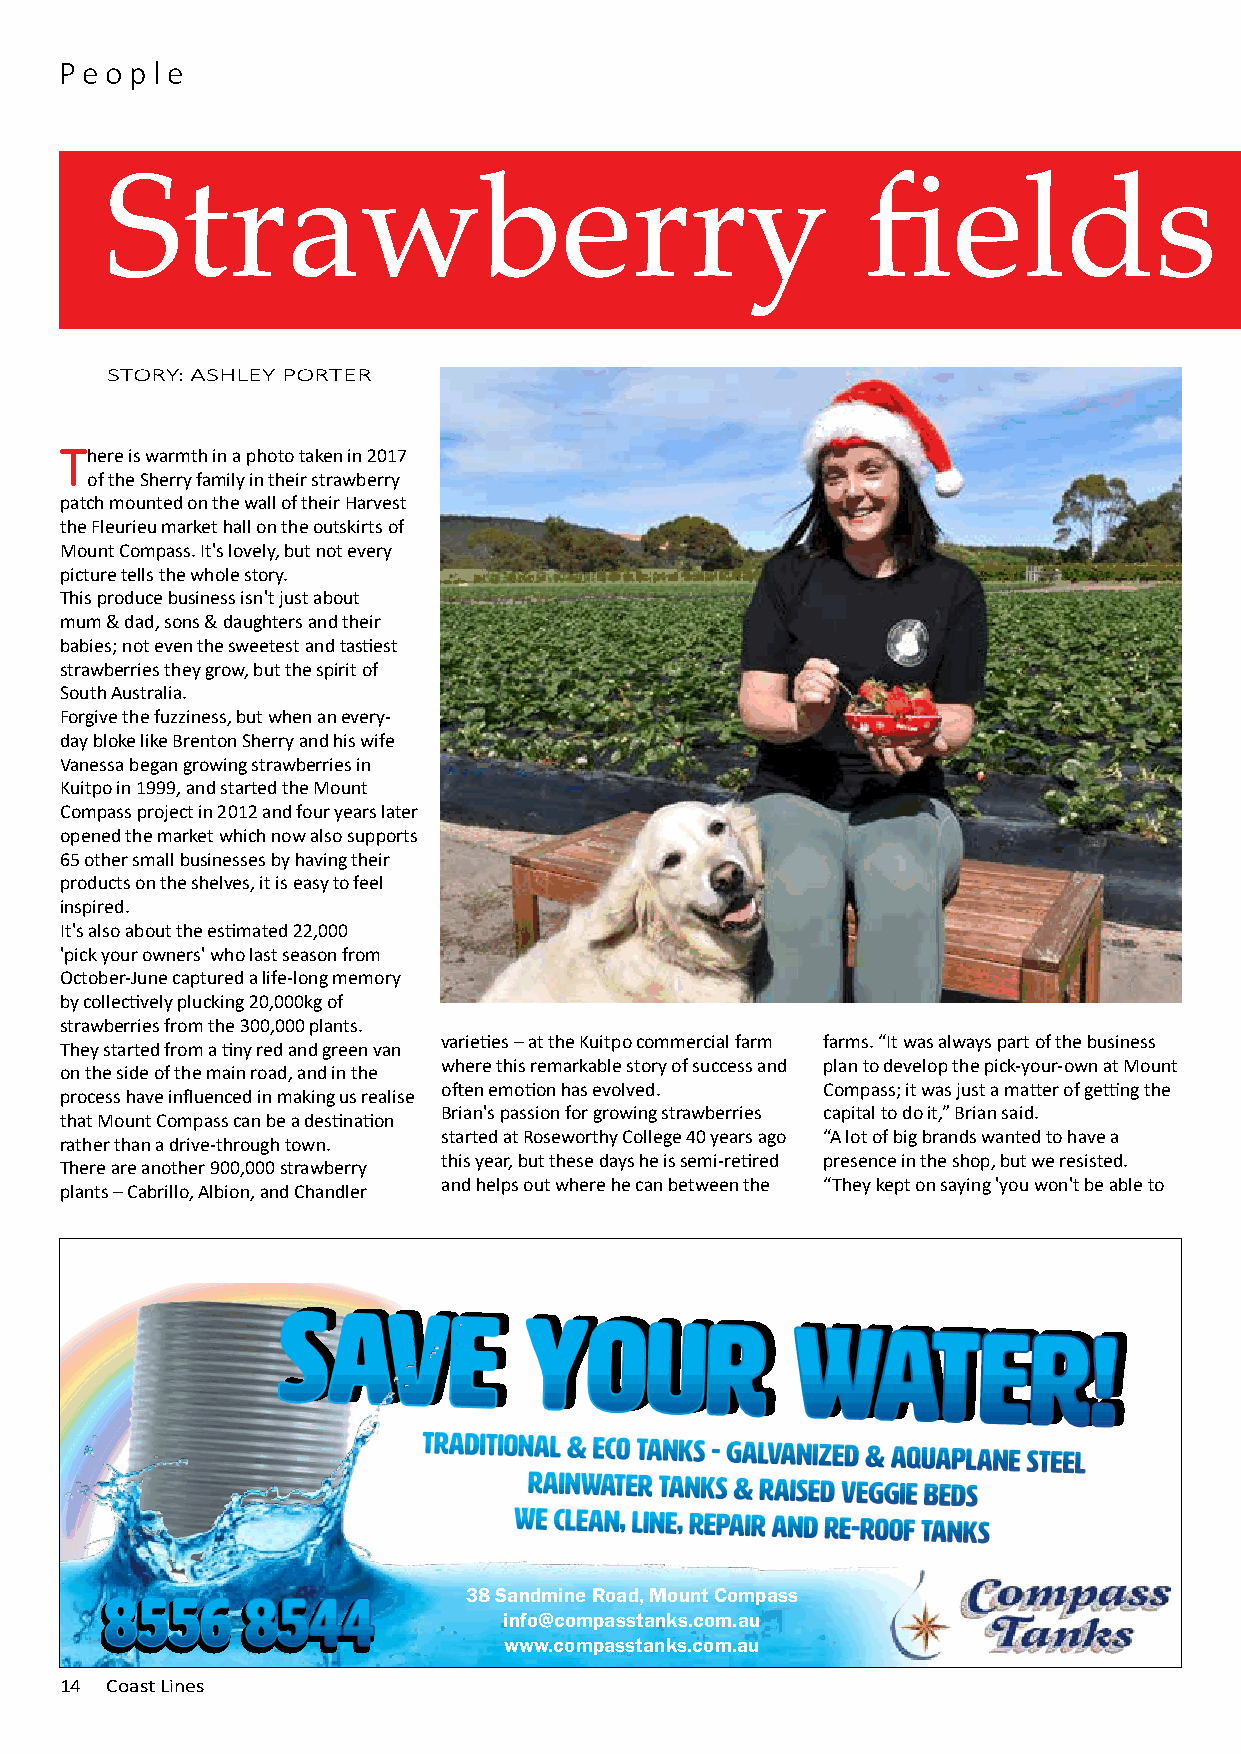
Pe o p l e
 Strawberry                                        fields                    forever
 STORY: ASHLEY PORTER
 There is warmth in a photo taken in 2017
 of the Sherry family in their strawberry
 patch mounted on the wall of their Harvest
 the Fleurieu market hall on the outskirts of
 Mount Compass. It's lovely, but not every
 picture tells the whole story.
 This produce business isn't just about
 mum & dad, sons & daughters and their
 babies; not even the sweetest and tastiest
 strawberries they grow, but the spirit of
 South Australia.
 Forgive the fuzziness, but when an every-
 day bloke like Brenton Sherry and his wife
 Vanessa began growing strawberries in
 Kuitpo in 1999, and started the Mount
 Compass project in 2012 and four years later
 opened the market which now also supports
 65 other small businesses by having their
 products on the shelves, it is easy to feel
 inspired.
 It's also about the estimated 22,000
 'pick your owners' who last season from
 October-June captured a life-long memory
 by collectively plucking 20,000kg of
 strawberries from the 300,000 plants.
 varieties – at the Kuitpo commercial farm farms. “It was always part of the business
 They started from a tiny red and green van
 where this remarkable story of success and plan to develop the pick-your-own at Mount
 on the side of the main road, and in the
 often emotion has evolved. Compass; it was just a matter of getting the
 process have influenced in making us realise
 Brian's passion for growing strawberries capital to do it,” Brian said.
 that Mount Compass can be a destination
 started at Roseworthy College 40 years ago “A lot of big brands wanted to have a
 rather than a drive-through town.
 this year, but these days he is semi-retired presence in the shop, but we resisted.
 There are another 900,000 strawberry
 and helps out where he can between the “They kept on saying 'you won't be able to
 plants – Cabrillo, Albion, and Chandler
 Save
 your
 water!
 38 Sandmine Road, Mount Compass
 8556     8544
 info@compasstanks.com.au
 www.compasstanks.com.au
 1144 CCooaasstt LLiinneess